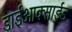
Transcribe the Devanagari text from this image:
डाईआक्साईड